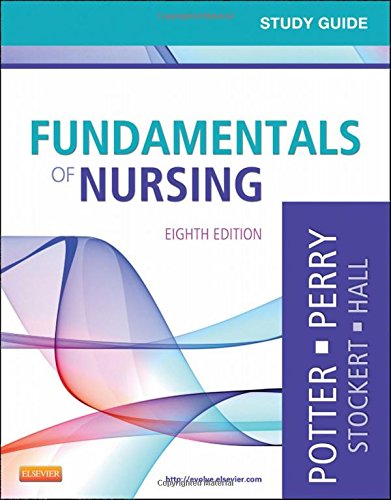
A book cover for Study Guide for Fundamentals of Nursing, 8th Edition (Early Diagnosis in Cancer); Patricia A. Potter RN  MSN  PhD  FAAN; Medical Books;